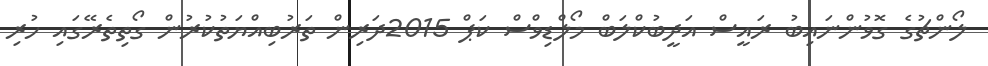
ލޯންޗުގެ ގޮވުންނައިބު ރައީސް އަދީބުކްލަބް މޯލްޑިވްސް ކަޕް 2015ދަރިން ތަރުބިއްޔަތުކުރުން ގޯތިތެރޭގައި ހުރި